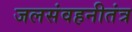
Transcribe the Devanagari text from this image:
जलसंवहनीतंत्र